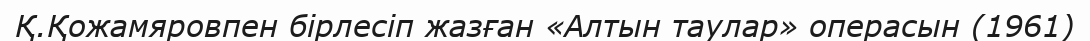
Қ.Қожамяровпен бірлесіп жазған «Алтын таулар» операсын (1961)